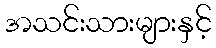
အသင်းသားများနှင့်